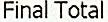
FINAL TOTAL